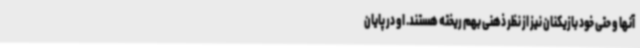
آنها و حتی خود بازیکنان نیز از نظر ذهنی بهم ریخته هستند. او در پایان